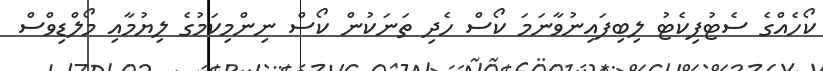
ކޯހެއްގެ ސެޓުފިކެޓު ލިބިފައިނުވާނަމަ ކޯސް ހެދި ތަނަކުން ކޯސް ނިންމިކަމުގެ ލިޔުމާއި މޯލްޑިވްސް